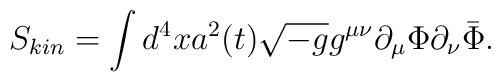
S_{kin}=\int d^4x a^2(t) \sqrt {-g} g^{\mu\nu}\partial_\mu \Phi \partial_\nu \bar \Phi.